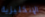
الإنكليزية